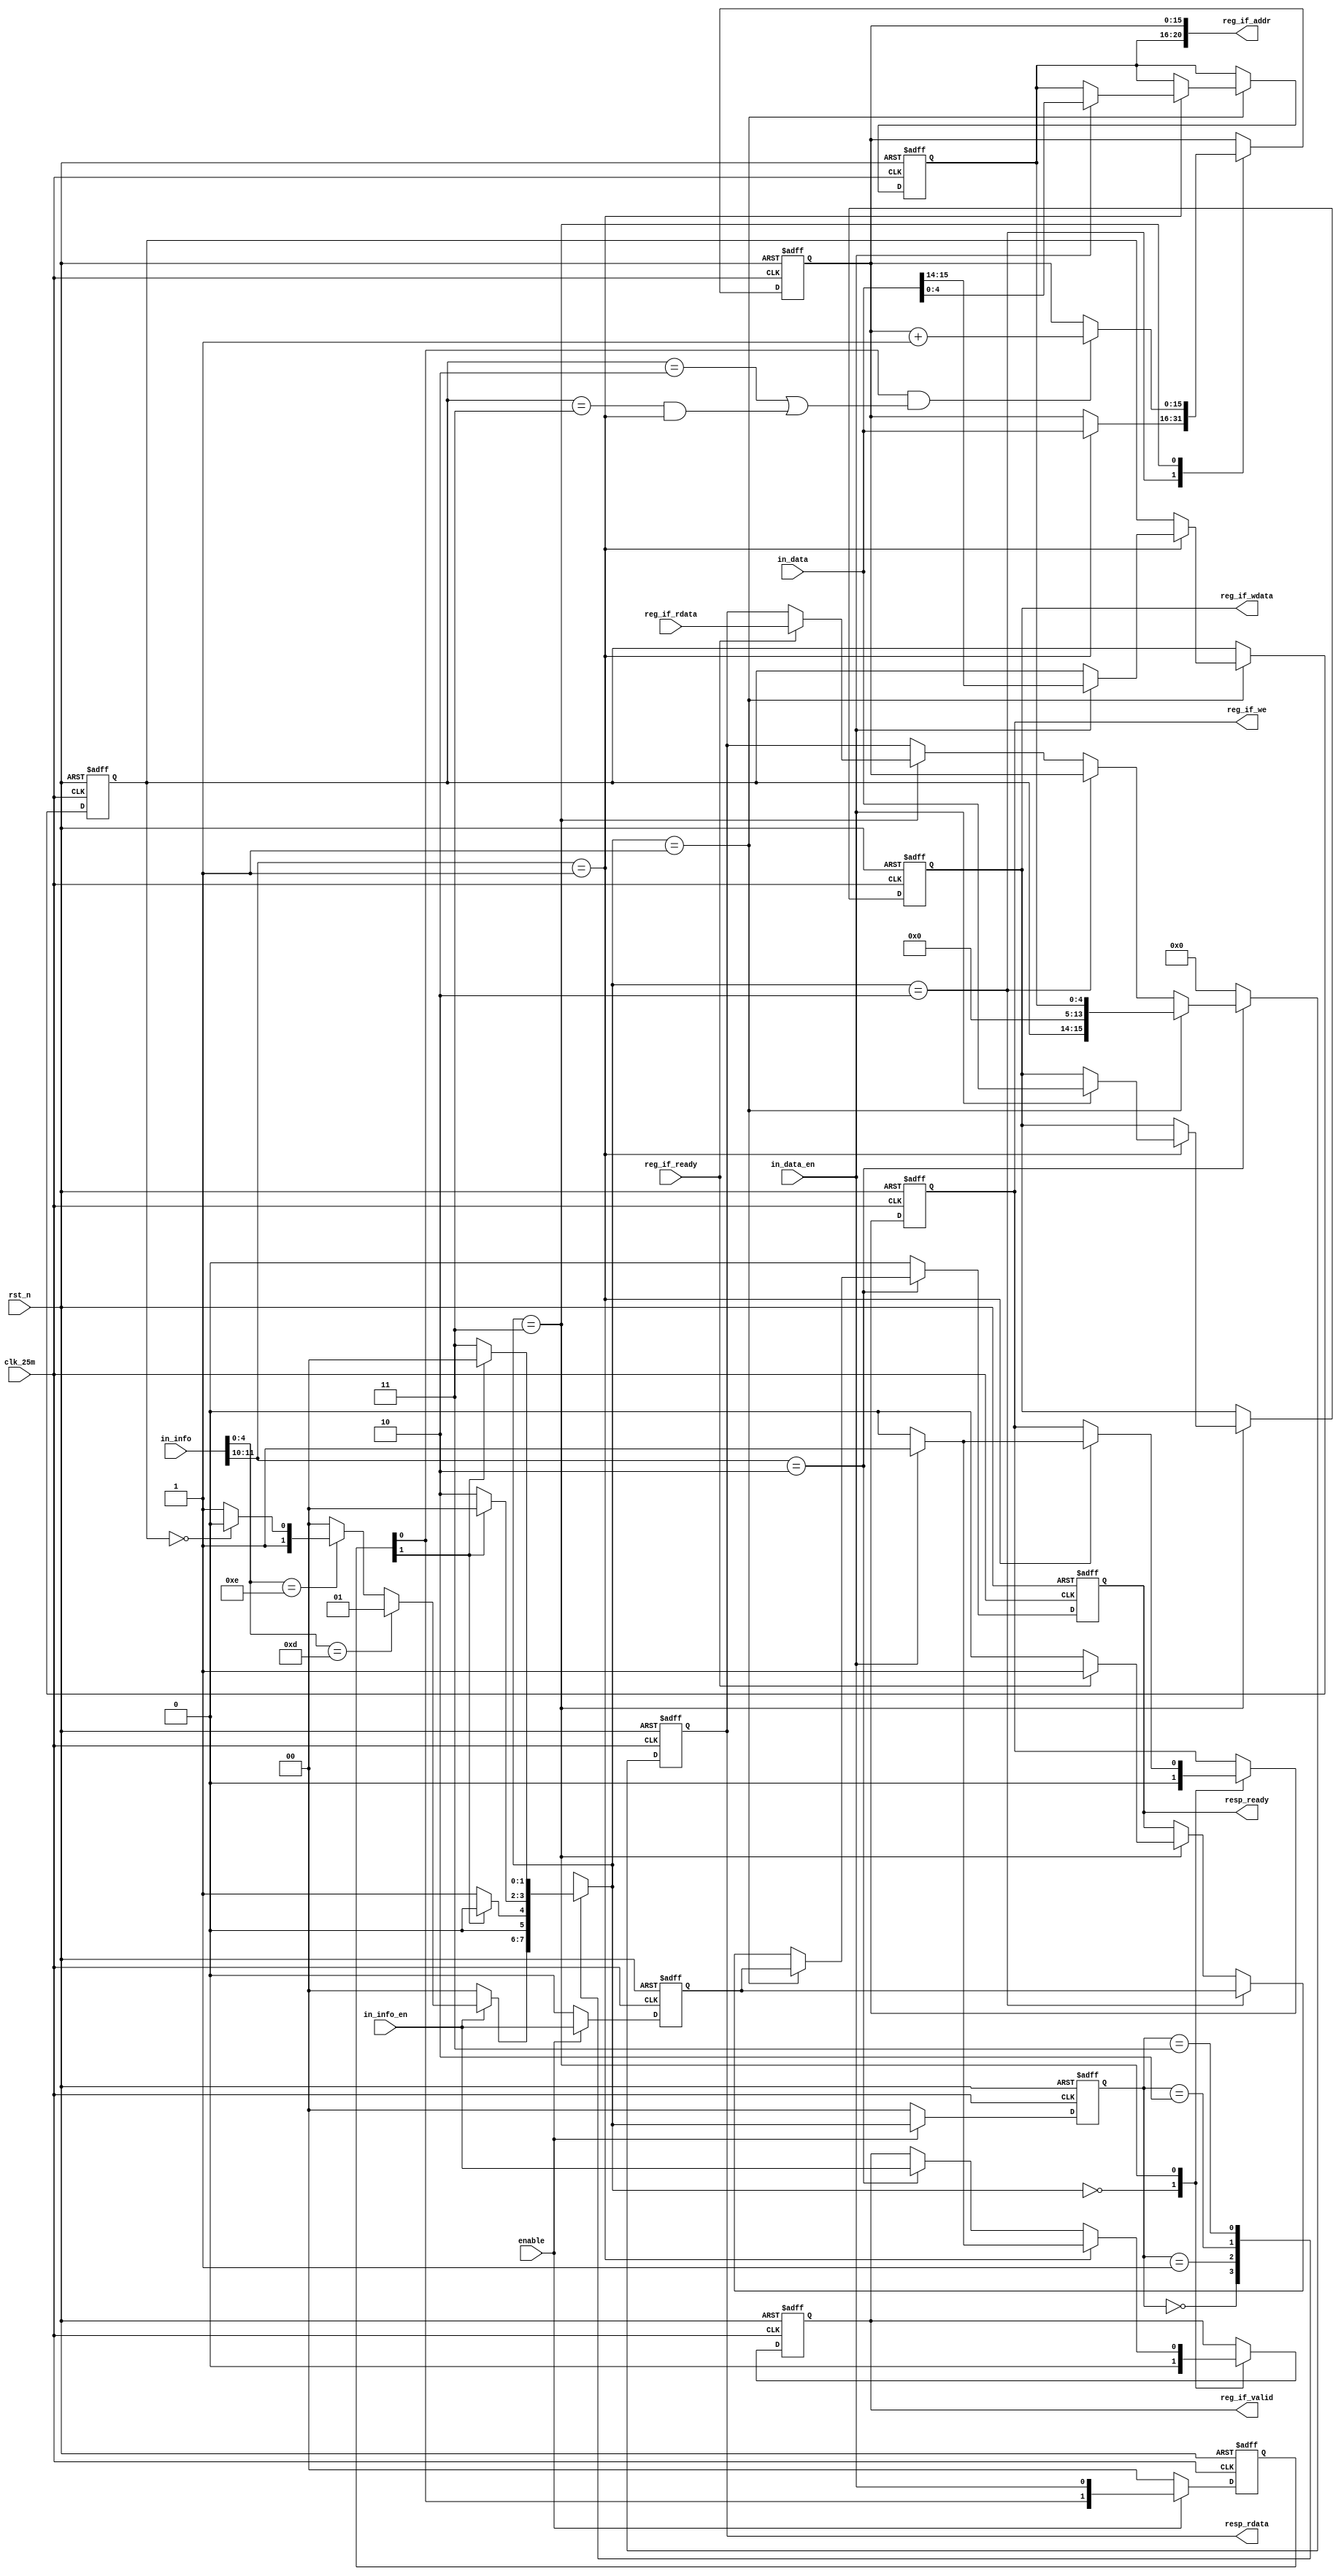
// ------------------------------------------------------------------------
//
//                     JLSemi
//                     Shanghai, China
//                     Name :
//                     Email:
//
// ------------------------------------------------------------------------
// ------------------------------------------------------------------------
//  Revision History:1.0
//  Date          By            Revision    Change Description
//-------------------------------------------------------------------------
//  2024-02-08                  1.0         mdio_slave_22_backend
// ------------------------------------------------------------------------
// ------------------------------------------------------------------------
`timescale 1ns/1ns
module mdio_slave_22_backend
(
    input   wire            clk_25m,
    input   wire            rst_n,

    input   wire            enable,

    input   wire    [13:0]  in_info,
    input   wire            in_info_en,
    input   wire    [15:0]  in_data,
    input   wire            in_data_en,

    input   wire    [15:0]  reg_if_rdata,
    input   wire            reg_if_ready,
    output  wire    [20:0]  reg_if_addr,
    output  reg     [15:0]  reg_if_wdata,
    output  reg             reg_if_valid,
    output  reg             reg_if_we,

    output  reg     [15:0]  resp_rdata,
    output  reg             resp_ready

);

    localparam  IDLE        = 2'd0,
                MMD_INFO    = 2'd1,
                ADDR_DATA   = 2'd2,
                RW_DATA     = 2'd3;

    reg     [1:0]   state;
    reg     [1:0]   next_state;
    
    wire    [4:0]   five_addr;
    reg             info_en;
    reg     [1:0]   data_en;
    reg     [4:0]   dev_addr;
    reg     [15:0]  reg_addr;
    reg     [1:0]   OP_code;
    
    wire            reg_if_valid_rd;
    reg             reg_if_valid_wr;
    
    wire            wr_op;
    wire            rd_op;
    wire            addr_incr;
    wire            mmd_addr;
    wire            mmd_data;

    assign wr_op        = in_info[11:10] == 2'b01;
    assign rd_op        = in_info[11:10] == 2'b10;
    assign addr_incr    = OP_code == 2'b10 || (OP_code == 2'b11 && wr_op);
    assign five_addr    = in_info[4:0];
    assign mmd_addr     = OP_code == 2'b00;

    always @(posedge clk_25m or negedge rst_n)
    begin
        if (!rst_n)
            info_en <= 1'b0;
        else if (!enable)
            info_en <= 1'b0;
        else
            info_en <= in_info_en;
    end

    always @(posedge clk_25m or negedge rst_n)
    begin
        if (!rst_n)
            data_en <= 2'b00;
        else if (!enable)
            data_en <= 2'b00;
        else
            data_en <= { data_en[0], in_data_en };
    end

    /* -----------------------------
      FSM
     ---------------------------- */
    always @(posedge clk_25m or negedge rst_n)
    begin
        if (!rst_n)
            state <= IDLE;
        else if (!enable)
            state <= IDLE;
        else
            state <= next_state;
    end

    always @(*)
    begin
        case (state)
            IDLE:
                if (in_info_en) begin
                    if (five_addr == 'd13)
                        next_state = MMD_INFO;
                    else if (five_addr == 'd14) begin
                        if (mmd_addr)
                            next_state = ADDR_DATA;
                        else
                            next_state = RW_DATA;
                    end
                    else
                        next_state = IDLE;
                end
                else
                    next_state = IDLE;

            MMD_INFO:
                if (data_en[1])
                    next_state = IDLE;
                else
                    next_state = MMD_INFO;

            ADDR_DATA:
                if (data_en[1])
                    next_state = IDLE;
                else
                    next_state = ADDR_DATA;

            RW_DATA:
                if (data_en[1])
                    next_state = IDLE;
                else
                    next_state = RW_DATA;

            default: next_state = IDLE;
        endcase
    end

    always @(posedge clk_25m or negedge rst_n)
    begin
        if (!rst_n) begin
            reg_if_valid    <=  1'b0;
            reg_if_wdata    <= 16'b0;
            reg_if_we       <=  1'b0;
            dev_addr        <=  5'b0;
            reg_addr        <= 16'b0;
            OP_code         <=  2'b0;
        end
        else
        begin
            case (next_state)
                IDLE:
                    begin
                        reg_if_valid    <= 1'b0;
                        reg_if_wdata    <= reg_if_wdata;
                        reg_if_we       <= 1'b0;
                        dev_addr        <= dev_addr;
                        reg_addr        <= reg_addr;
                        OP_code         <= OP_code;
                    end

                MMD_INFO:
                    begin
                        if (wr_op) begin
                            if (in_data_en) begin
                                OP_code     <= in_data[15:14];
                                dev_addr    <= in_data[4:0];
                            end
                        end
                    end

                ADDR_DATA:
                    begin
                        if (wr_op)
                            reg_addr    <= in_data;
                    end

                RW_DATA:
                    begin
                        if (wr_op) begin
                            if (in_data_en) begin
                                reg_if_valid <= 1'b1;
                                reg_if_wdata <= in_data;
                                reg_if_we    <= 1'b1;
                            end                       
                            else begin
                                reg_if_valid <= 1'b0;
                                reg_if_we    <= 1'b0;
                            end
                        end
                        else if (rd_op)
                            reg_if_valid <= in_info_en;

                        if (data_en[0] && addr_incr)
                            reg_addr <= reg_addr + 1'd1;
                    end

                default:
                    begin
                        reg_if_valid    <=  1'b0;
                        reg_if_wdata    <= 16'b0;
                        reg_if_we       <=  1'b0;
                        dev_addr        <=  5'b0;
                        reg_addr        <= 16'b0;
                        OP_code         <=  2'b0;
                    end
            endcase
        end
    end

    assign reg_if_addr = { dev_addr, reg_addr };

    always @(negedge clk_25m or negedge rst_n)
    begin
        if (!rst_n) begin
            resp_rdata <= 16'b0;
            resp_ready <= 1'b0;
        end
        else if (rd_op) begin
            if (next_state == MMD_INFO) begin
                resp_rdata <= { OP_code, 9'h0, dev_addr };
                resp_ready <= info_en;
            end
            else if (next_state == ADDR_DATA) begin
                resp_rdata <= reg_addr;
                resp_ready <= info_en;
            end
            else if (next_state == RW_DATA) begin
                if (reg_if_ready) begin
                    resp_rdata <= reg_if_rdata;
                    resp_ready <= 1'b1;
                end
                else begin
                    resp_ready <= 1'b0;
                end
            end
        end
        else begin
            resp_ready <= 1'b0;
            resp_rdata <= 16'b0;
        end
    end

endmodule